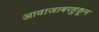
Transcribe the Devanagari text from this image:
आवाजाबरहुकूम